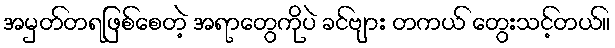
အမှတ်တရဖြစ်စေတဲ့ အရာတွေကိုပဲ ခင်ဗျား တကယ် တွေးသင့်တယ်။